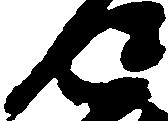
返